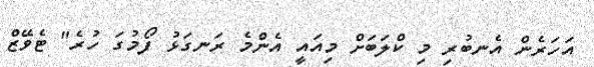
އަހަރެން އެނބުރި މި ކްލަބަށް މިއައީ އެންމެ ރަނގަޅު ފޯމުގަ ހުރެ" ޓެވޭޒް